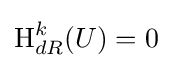
\operatorname {H} _{dR}^{k}(U)=0